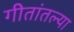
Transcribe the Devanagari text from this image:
गीतांतल्या